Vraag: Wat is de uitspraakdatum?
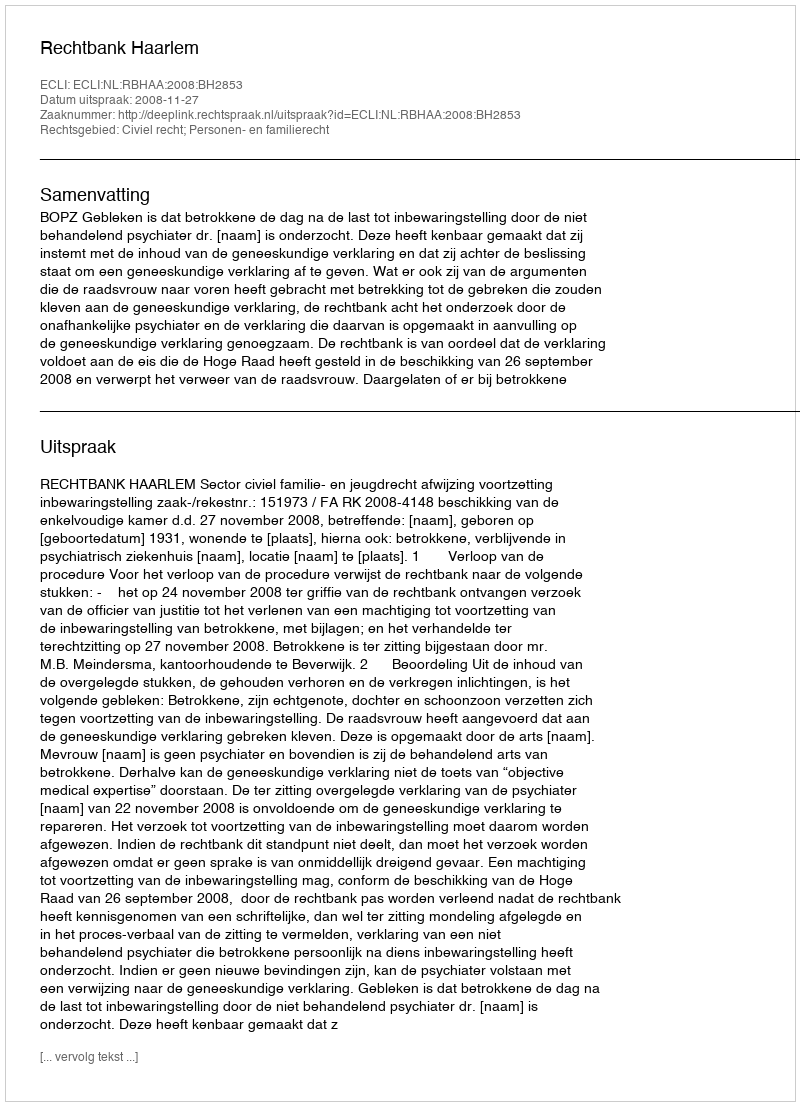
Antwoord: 2008-11-27